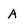
Character: A